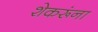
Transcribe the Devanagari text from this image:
शेकरूंना